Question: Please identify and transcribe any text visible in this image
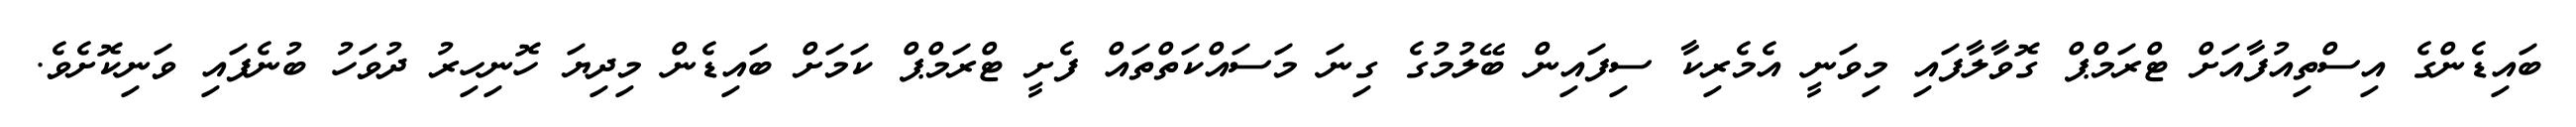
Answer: ބައިޑެންގެ އިސްތިއުފާއަށް ޓްރަމްޕް ގޮވާލާފައި މިވަނީ އެމެރިކާ ސިފައިން ބޭލުމުގެ ގިނަ މަސައްކަތްތައް ފެށީ ޓްރަމްޕް ކަމަށް ބައިޑެން މިދިޔަ ހޮނިހިރު ދުވަހު ބުނެފައި ވަނިކޮށެވެ.